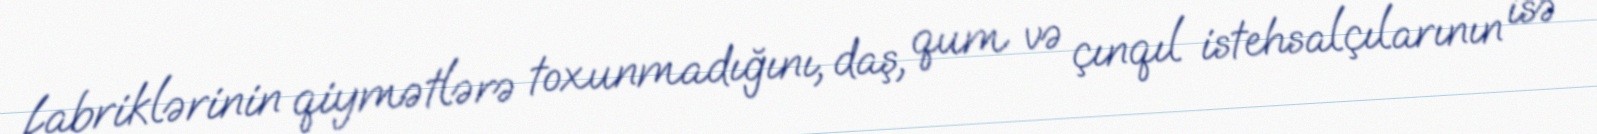
fabriklərinin qiymətlərə toxunmadığını, daş, qum və çınqıl istehsalçılarının isə